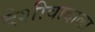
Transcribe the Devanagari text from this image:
देशीवादाला